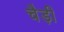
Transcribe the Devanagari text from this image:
चैड़ी